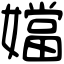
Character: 㜭